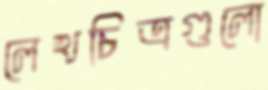
লেখচিত্রগুলো